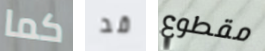
كما قد مقطوع